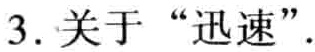
3. 关于 “迅速”.